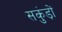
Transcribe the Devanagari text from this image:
सकुंड़ों